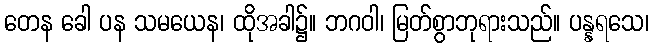
တေန ခေါ ပန သမယေန၊ ထိုအခါ၌။ ဘဂဝါ၊ မြတ်စွာဘုရားသည်။ ပန္နရသေ၊